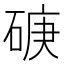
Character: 𥓷